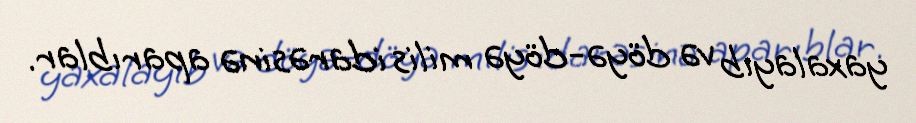
yaxalayıb və döyə-döyə milis idarəsinə aparıblar.